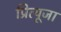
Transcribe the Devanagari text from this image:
प्रित्यूजा